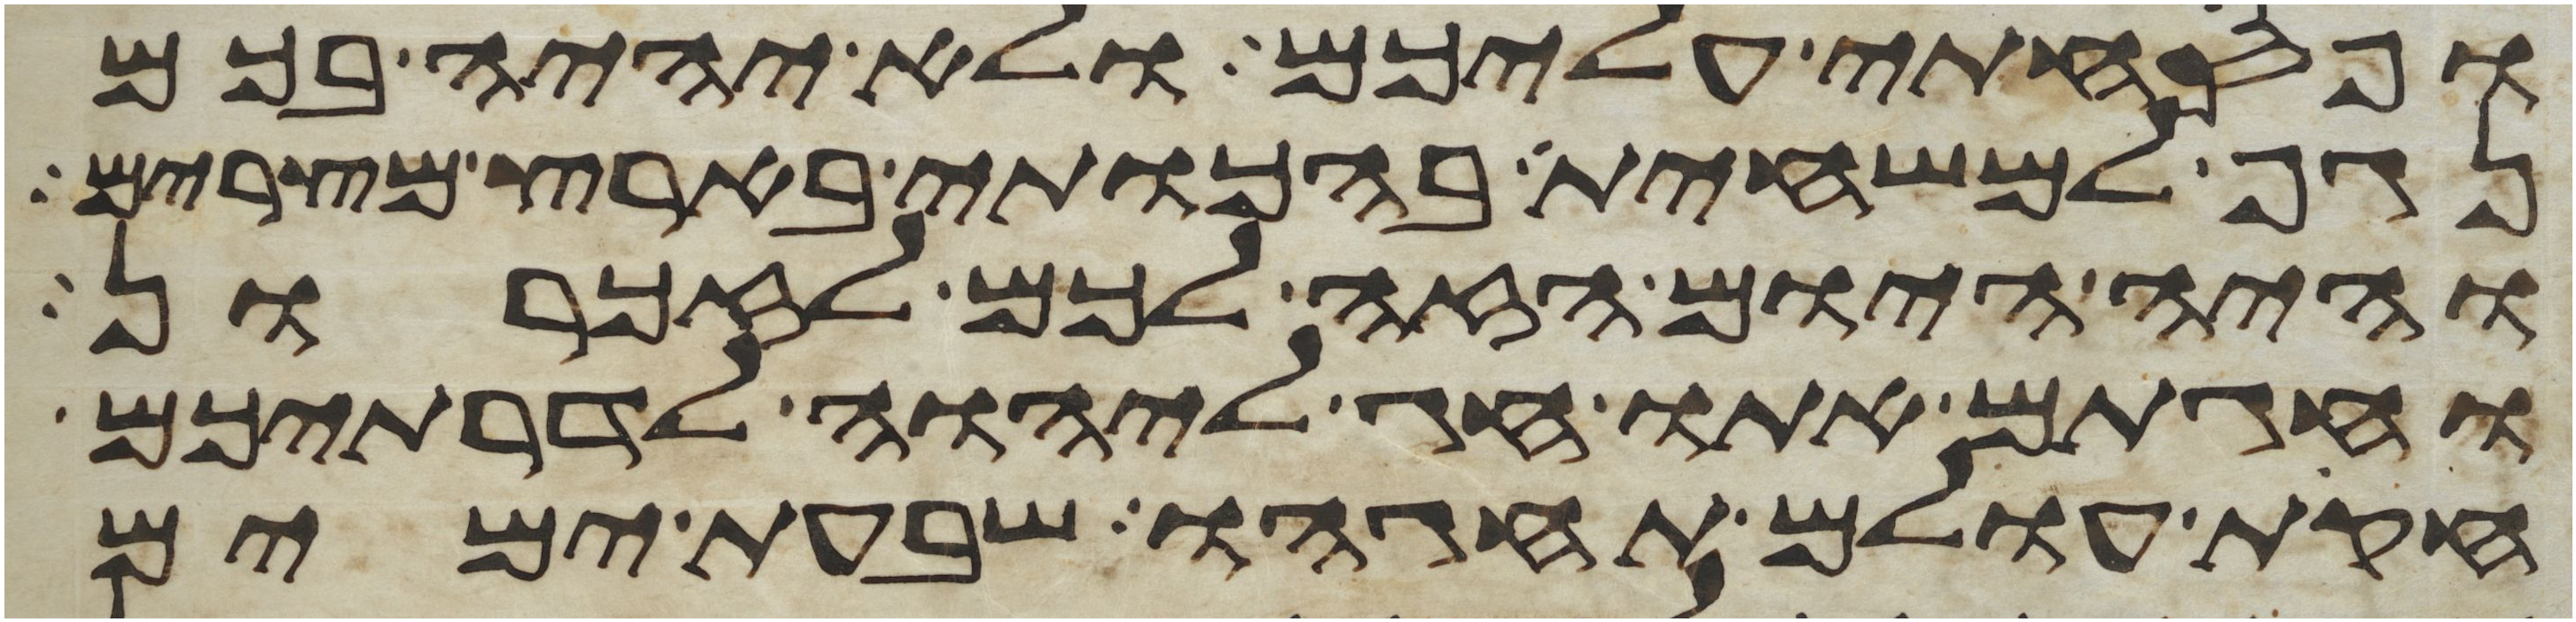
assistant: ופסחתי עליכם ולא יהיה בכם
נגף למשחית בהכותי בארץ מצרים
והיה היום הזה לכם לזכרון
וחגתם אתו חג ליהוה לדרתיכם
חקת עולם תחגהו שבעת ימים